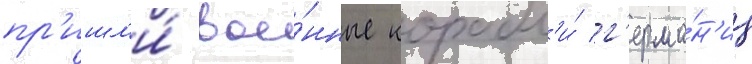
пр'ишл'и́ вое́нные корабл'и́ г'ерма́н'ии